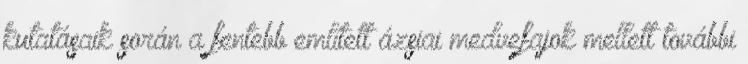
kutatásaik során a fentebb említett ázsiai medvefajok mellett további